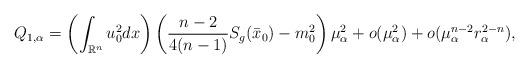
LaTeX: \begin{align*}Q_{1,\alpha}=\left(\int_{\mathbb{R}^n}u_0^2 dx\right) \left(\frac{n-2}{4(n-1)}S_g(\bar{x}_0)-m_0^2 \right)\mu_\alpha^2+o(\mu_\alpha^2)+o(\mu_\alpha^{n-2}r_\alpha^{2-n}),\end{align*}